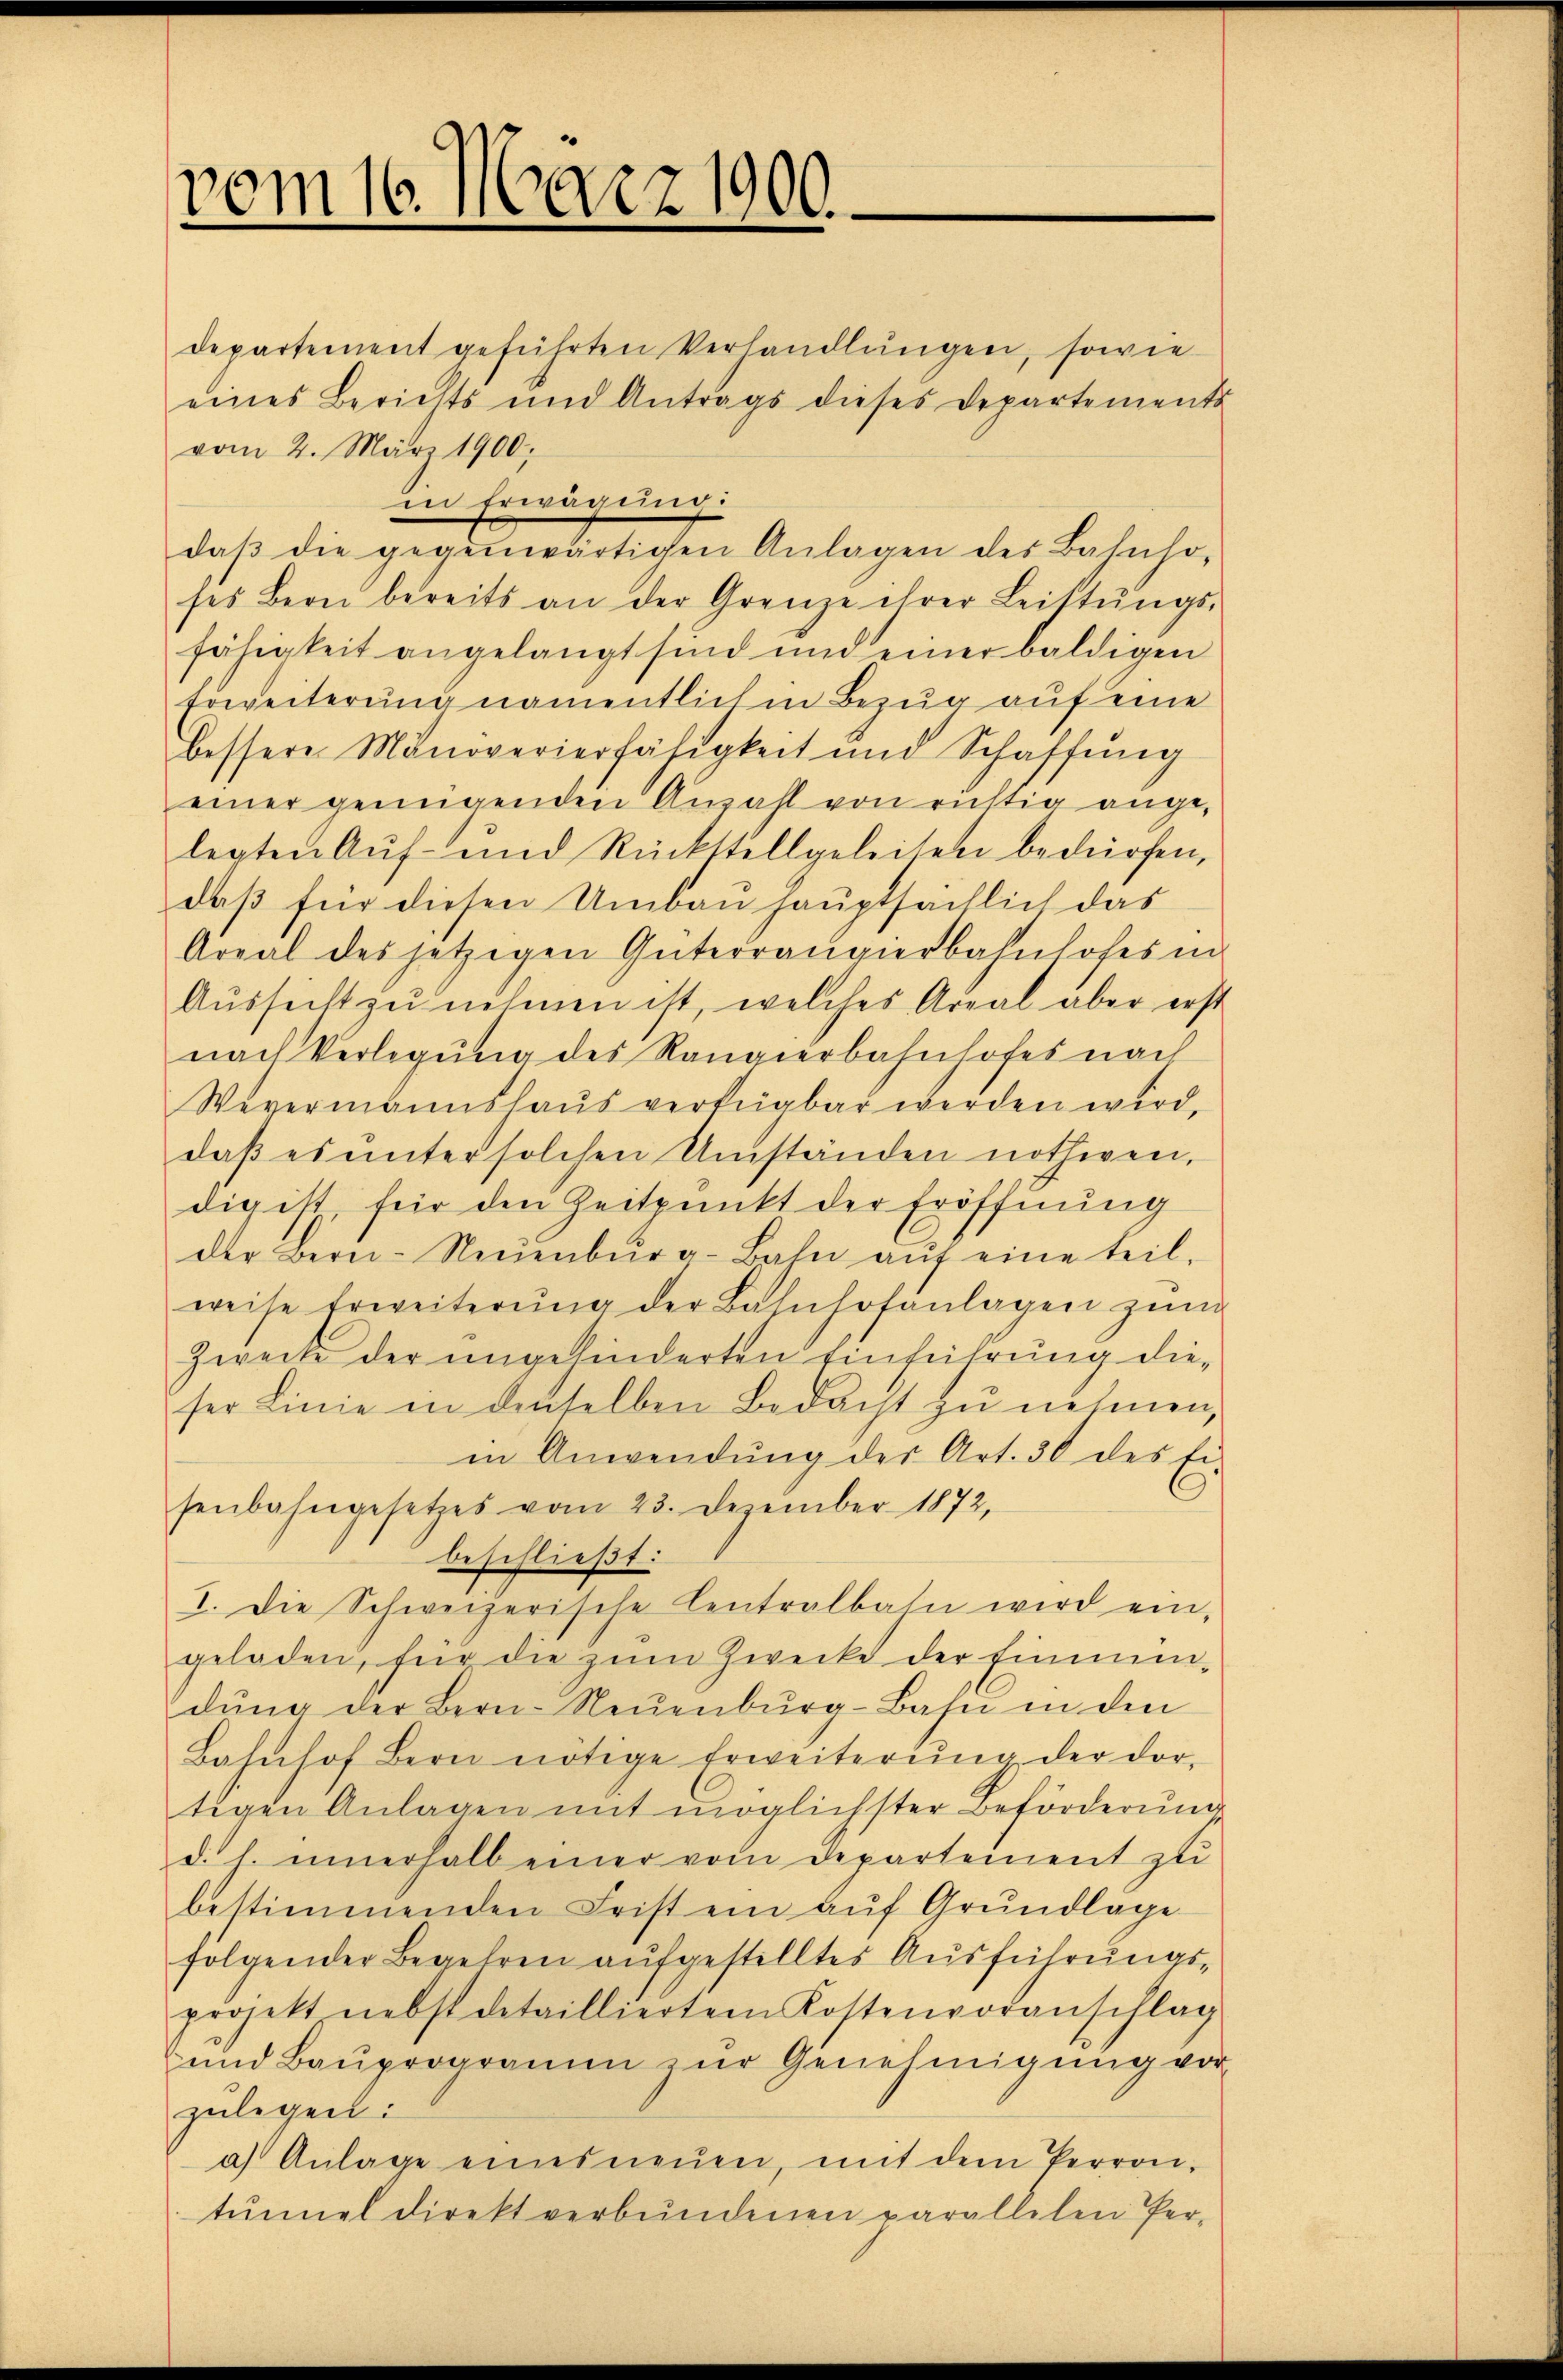
vom 16. März 1900.

departement geführten Verhandlungen, sowie
eines Berichts und Antrags dieses Departements
vom 2. März 1900;
in Erwägung:
daß die gegennerlichen Anlagen der Bahnho
ses Bern bereits an der Grenze ihrer Leistŭngs-
fähigkeit angelangt sind und einer baldigen
Erweiterung namentlichen Bezug auf eine
bessere Minoverierfähigkeit und Schaffŭng
einer genügenden Anzahl von richtig ange-
legten Auf- und Rückstellgeleiten bedürfen,
daß für diesen Umbau hauptsächlich das
Areal des jetzigen Güterrangierbahnhofes in
Aussicht zu nehmen ist, welches Areal aber erst
nach Verlegung des Rangierbahnhofes nach
Wevermannshaus verfügbar werden wird.
daβ es ŭnter solchen Umständen nothwen-
dig ist, für den Zeitpunkt der Eröffnung
der Bern-Neuenburg-Baln aŭf eine teil-
weise Erweiterŭng der Bahnhofanlagen zŭm
Zwecke der ungehinderten Einführung die-
ser Linie in denselben Bedacht zŭ nehmen,
in Anwendŭng des Art. 30 des Ei
senbahngesetzes vom 23. Dezember 1872,
beschließt:
1. Die Schweizerische Centralbahn wird ein-
geladen, für die zŭm Zwecke der finim-
dŭng der Bern-Neuenburg-Base in den
Bahnhof Bern nötige Erweiterŭng der dor-
tigen Anlagen mit möglichster Beförderŭng
d. h. innerhalb einer vom Departement zu
bestimmenden Frist ein auf Grundlage
folgender Begehren aufgestelltes Ausführungs-
projekt nebst detaillierten Kostenvoranschlag
und Bauprogramm zur Genehmigung vor
zulegen:
a) Anlage eines neŭen, mit dem Perron-
tŭnel direkt verbŭndenen parallelen Per-